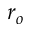
r _ { o }